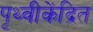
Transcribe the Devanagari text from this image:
पृथ्वीकेंद्रित